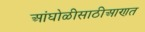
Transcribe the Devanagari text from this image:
आंघोळीसाठीआणत